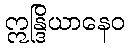
ဣန္ဒြိယာနေဝ